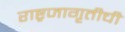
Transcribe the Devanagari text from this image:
राष्ट्रजागृतीची